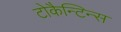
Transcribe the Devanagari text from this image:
टोकैन्टिन्स